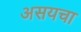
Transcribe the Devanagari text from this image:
असयचा